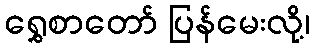
ရွှေစာတော် ပြန်မေးလို့၊